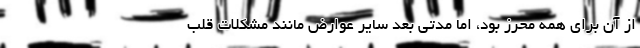
از آن برای همه محرز بود، اما مدتی بعد سایر عوارض مانند مشکلات قلب